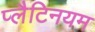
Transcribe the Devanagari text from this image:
प्लैटिनयम